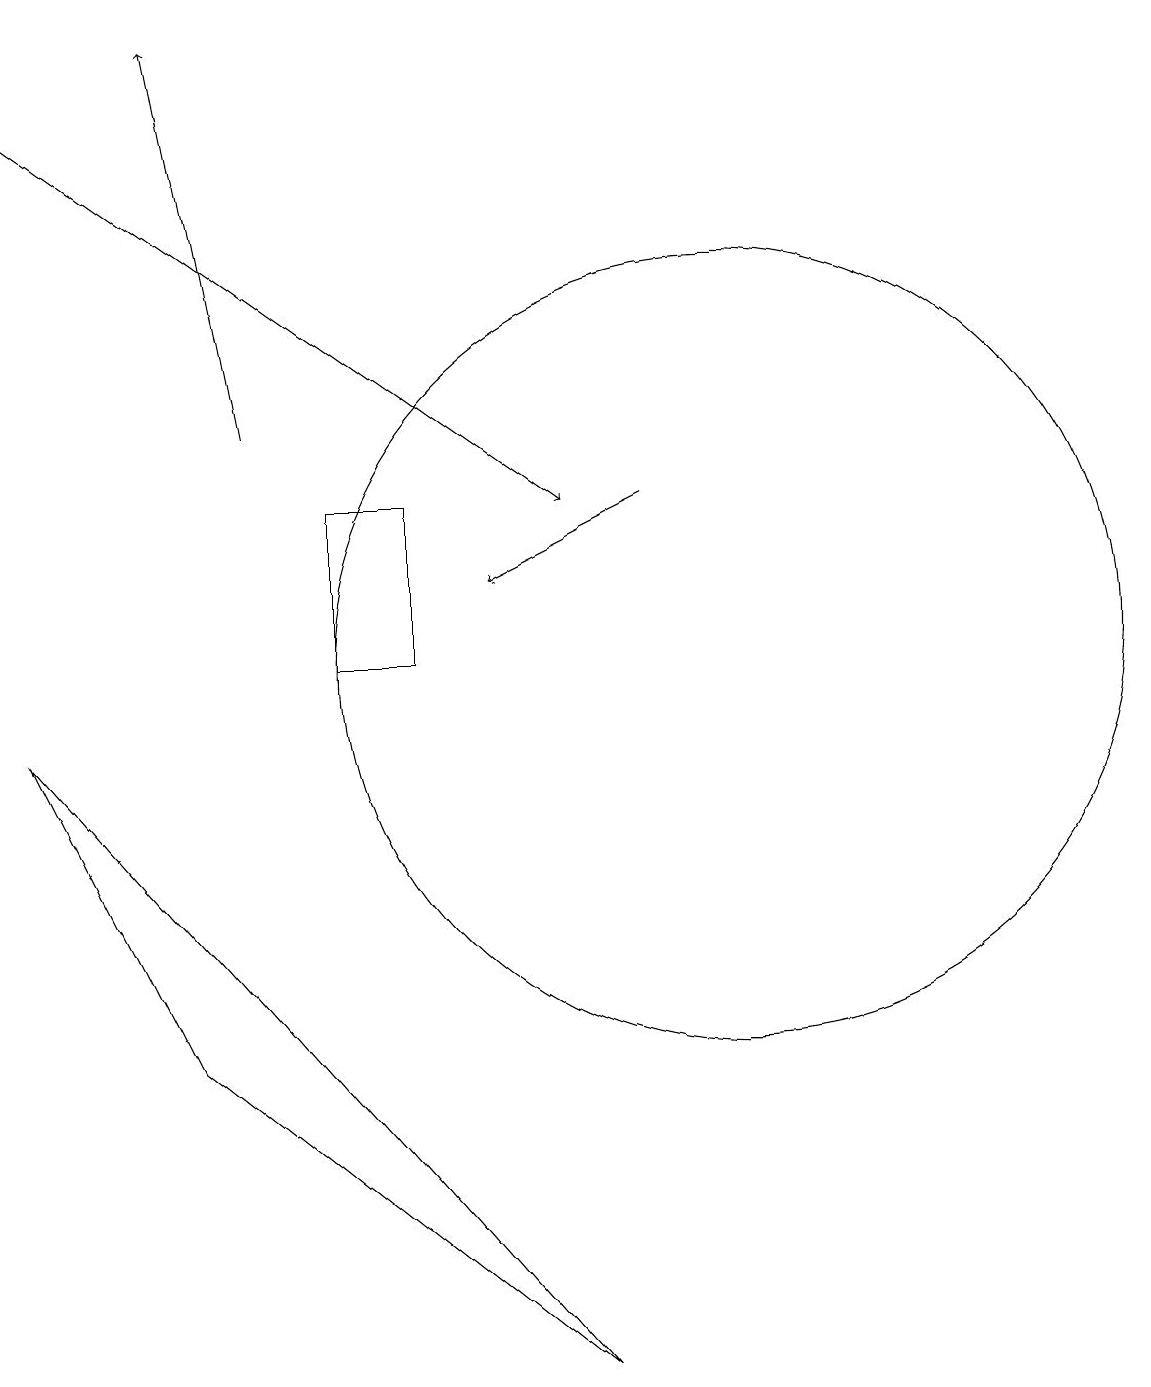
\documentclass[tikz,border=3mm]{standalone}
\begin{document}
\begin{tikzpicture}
\draw (1,9) -- (3,5) -- (8,1) -- cycle;
\draw[->] (4,13) -- (3,18);
\draw[->] (9,12) -- (7,11);
\draw (5,10) rectangle (6,12);
\draw[->] (1,17) -- (8,12);
\draw (10,10) circle (5);
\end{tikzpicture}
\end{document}